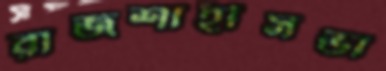
রাজশাহীসভা